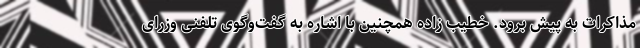
مذاکرات به پیش برود. خطیب زاده همچنین با اشاره به گفت‌وگوی تلفنی وزرای